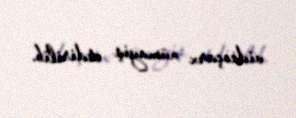
videoçarx nümayiş etdirilib.